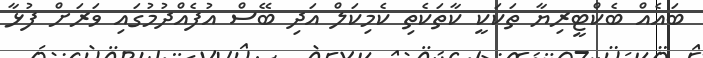
ބައެއް ބެކްޓީރިޔާ ތަކަކީ ކާތަކެތި ކެމިކަލް އަދި ބޭސް އުފެއްދުމުގައި ވަރަށް ފުޅާ